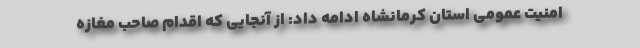
امنیت عمومی استان کرمانشاه ادامه داد: از آنجایی که اقدام صاحب مغازه